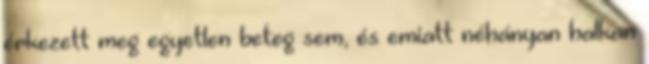
érkezett meg egyetlen beteg sem, és emiatt néhányan halkan